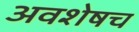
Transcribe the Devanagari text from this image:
अवशेषच